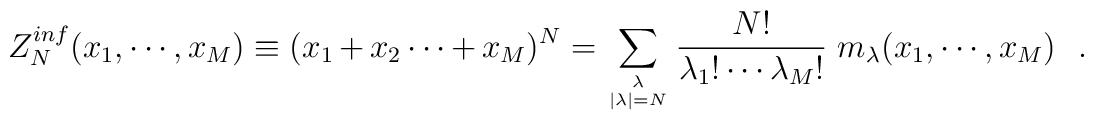
Z_N^{inf}(x_1,\cdots,x_M)               \equiv                    (x_1+x_2\cdots        +        x_M)^N        =                    \sum_{\lambda\atop{|\lambda|=N}}                    {N!\over\lambda_1!\cdots\lambda_M!}                    ~m_\lambda(x_1,\cdots, x_M)\,\,\,\,.